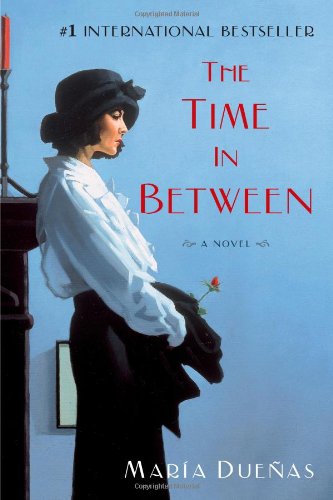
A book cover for The Time In Between: A Novel; Maria Duenas; Literature & Fiction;